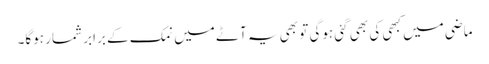
ماضی میں کبھی کی بھی گئی ہوگی تو بھی یہ آٹے میں نمک کے برابر شمار ہوگا۔